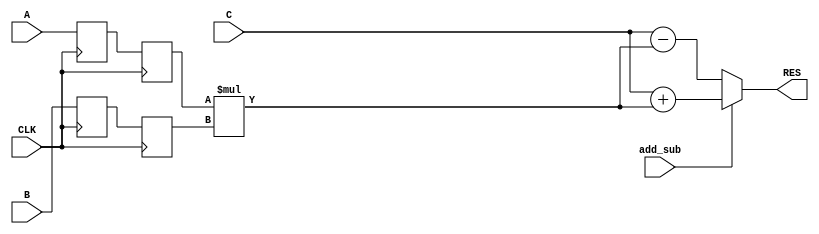
`timescale 1ns / 1ps

module multiplier_adderSubtractor_2ResgisterLevelInput(
    input CLK,
    input [7:0] A,
    input [7:0] B,
    input [7:0] C,
    input add_sub,
    output [15:0] RES
    );
	 
	 reg [7:0] A_reg1, A_reg2, B_reg1, B_reg2;
	 wire [15:0] mult, multaddsub;
	 
	 always @ (posedge CLK) begin
		A_reg1 <= A;
		A_reg2 <= A_reg1;
		B_reg1 <= B;
		B_reg2 <= B_reg1;
	 end
	 
	 assign mult = A_reg2 * B_reg2;
	 assign multaddsub = add_sub ? C + mult : C - mult;
	 assign RES = multaddsub;
	 
endmodule